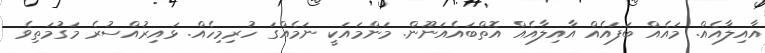
އާއިލާއެއް. މައެއް ބަފައެއް އާއިލާއެއް އޮތްބައެއަނޫން. މަންމައަކީ ނަމެއްގަ ހުރިމިހެއް. ޅައިރުއްސުރެ މަގުމަތިވެ